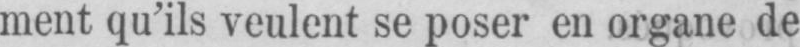
ment qu’ils veulent se poser en organe de